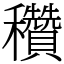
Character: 穳